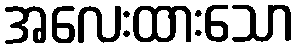
အလေးထားသော